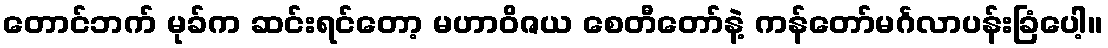
တောင်ဘက် မုခ်က ဆင်းရင်တော့ မဟာဝိဇယ စေတီတော်နဲ့ ကန်တော်မင်္ဂလာပန်းခြံပေါ့။